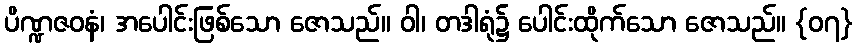
ပိဏ္ဍဇဝနံ၊ အပေါင်းဖြစ်သော ဇောသည်။ ဝါ၊ တဒါရုံ၌ ပေါင်းထိုက်သော ဇောသည်။ {၀၇}